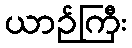
ယာဉ်ကြီး